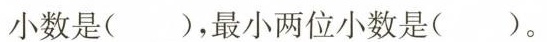
小数是( )，最小两位小数是( )。